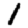
Digit: 1